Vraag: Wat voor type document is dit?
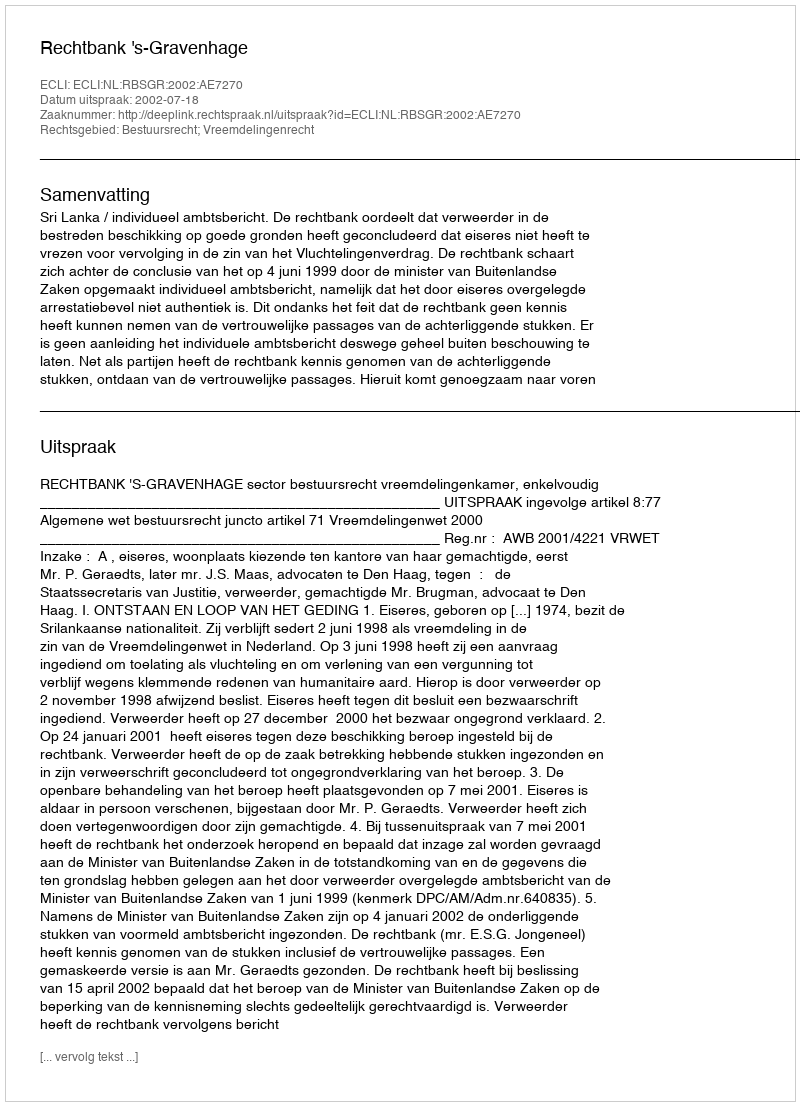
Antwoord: Uitspraak